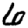
Digit: 6